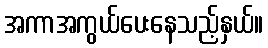
အကာအကွယ်ပေးနေသည့်နှယ်။